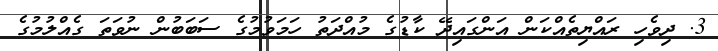
3. ދިވެހި ރައްޔިތެއްކަން އަންގައިދޭ ކާޑުގެ މުއްދަތު ހަމަވުމުގެ ސަބަބުން ނުވަތަ ގެއްލުމުގެ